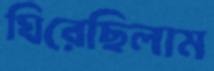
ঘিরেছিলাম